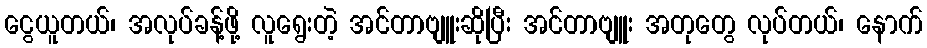
ငွေယူတယ်၊ အလုပ်ခန့်ဖို့ လူရွေးတဲ့ အင်တာဗျူးဆိုပြီး အင်တာဗျူး အတုတွေ လုပ်တယ်၊ နောက်